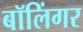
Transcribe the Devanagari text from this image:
बॉलिंगर